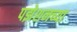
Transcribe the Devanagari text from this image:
पझेशनच्या